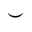
\smile